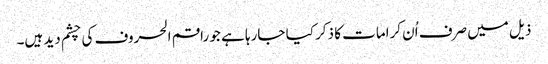
ذیل میں صرف اُن کرامات کا ذکر کیا جارہا ہے جو راقم الحروف کی چشم دید ہیں۔